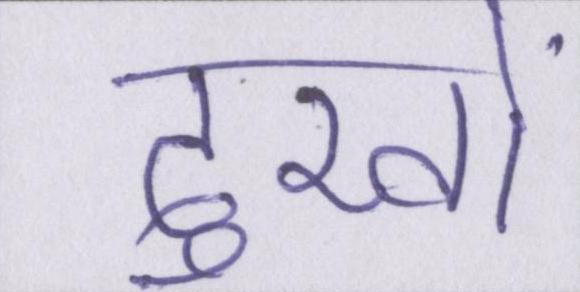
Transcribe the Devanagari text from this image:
दुखों